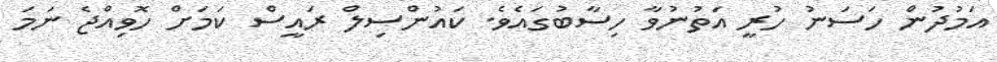
އަމުދުން ހަސަނު ހުރީ އަތުނުވާ ހިސާބުގައެވެ. ކައުންސިލް ރައީސް ކަމަށް ހޮވިއްޖެ ނަމަ